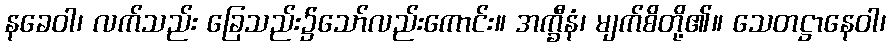
နခေဝါ၊ လက်သည်း ခြေသည်း၌သော်လည်းကောင်း။ အက္ခီနံ၊ မျက်စိတို့၏။ သေတဋ္ဌာနေဝါ၊